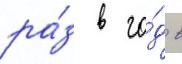
ра́з в го́д в